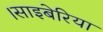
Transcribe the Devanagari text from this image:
।साइबेरिया